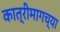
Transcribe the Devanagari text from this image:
कात्रीमागच्या